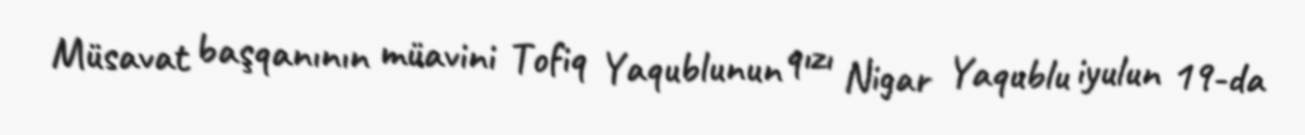
Müsavat başqanının müavini Tofiq Yaqublunun qızı Nigar Yaqublu iyulun 19-da